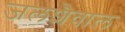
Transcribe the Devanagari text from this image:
जलशैवाल